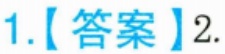
1.【答案】2.